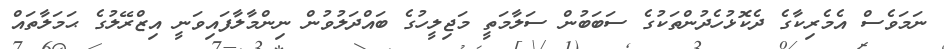
ނަމަވެސް އެމެރިކާގެ ދެކޮޅުހެދުންތަކުގެ ސަބަބުން ސަލާމަތީ މަޖިލީހުގެ ބައްދަލުވުން ނިންމާލާފައިވަނީ އިޒްރޭލުގެ ޙަމަލާތައް